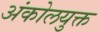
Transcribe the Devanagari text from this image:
अंकोलयुक्त